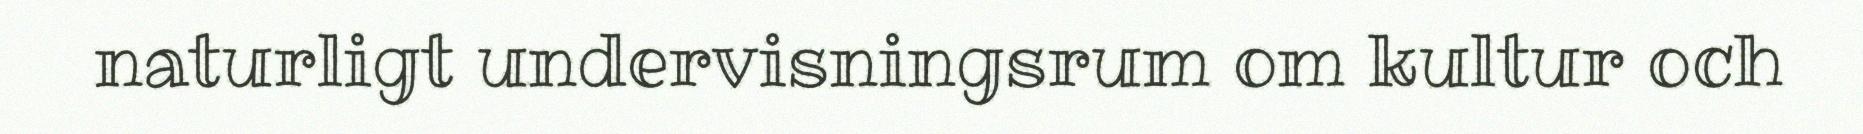
naturligt undervisningsrum om kultur och